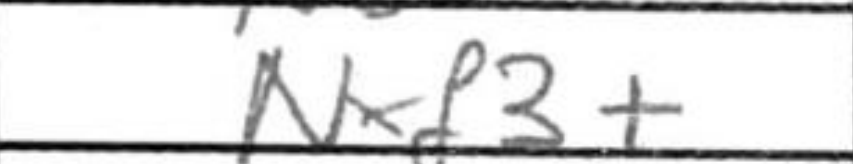
Transcription: Nxf3+